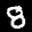
Label: 8